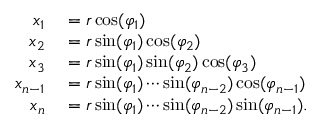
\begin{array} { r l } { x _ { 1 } } & { { } = r \cos ( \varphi _ { 1 } ) } \\ { x _ { 2 } } & { { } = r \sin ( \varphi _ { 1 } ) \cos ( \varphi _ { 2 } ) } \\ { x _ { 3 } } & { { } = r \sin ( \varphi _ { 1 } ) \sin ( \varphi _ { 2 } ) \cos ( \varphi _ { 3 } ) } \\ { x _ { n - 1 } } & { { } = r \sin ( \varphi _ { 1 } ) \cdots \sin ( \varphi _ { n - 2 } ) \cos ( \varphi _ { n - 1 } ) } \\ { x _ { n } } & { { } = r \sin ( \varphi _ { 1 } ) \cdots \sin ( \varphi _ { n - 2 } ) \sin ( \varphi _ { n - 1 } ) . } \end{array}